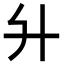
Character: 𦫵